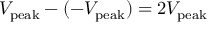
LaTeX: V _ { \mathrm { p e a k } } - ( - V _ { \mathrm { p e a k } } ) = 2 V _ { \mathrm { p e a k } }